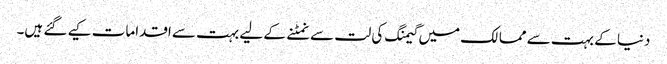
دنیا کے بہت سے ممالک میں گیمنگ کی لت سے نمٹنے کے لیے بہت سے اقدامات کیے گئے ہیں۔